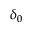
\delta _ { 0 }